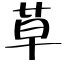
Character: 草